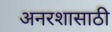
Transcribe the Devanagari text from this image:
अनरशासाठी